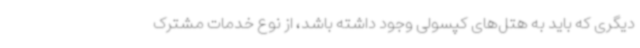
دیگری که باید به هتل‌های کپسولی وجود داشته باشد، از نوع خدمات مشترک